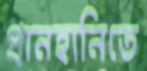
প্রানহানিতে